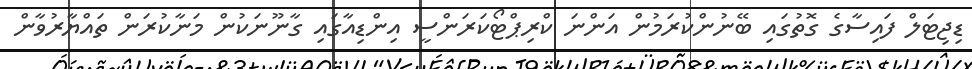
ޑިޖިޓަލް ފައިސާގެ ގޮތުގައި ބޭނުންކުރަމުން އަންނަ ކްރިޕްޓޯކަރަންސީ އިންޑިއާގައި ގާނޫނަކުން މަނާކުރަން ތައްޔާރުވާން